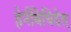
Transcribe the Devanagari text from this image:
हेर्नबिचिदेस्